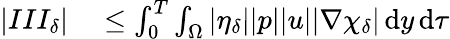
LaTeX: \begin{array}{rl}{|III_{\delta}|}&{{}\leq\int_{0}^{T}\int_{\Omega}|\eta_{\delta}||p||u||\nabla\chi_{\delta}|\, \mathrm{d}y\, \mathrm{d}\tau}\end{array}